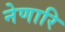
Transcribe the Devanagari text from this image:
नेणारि